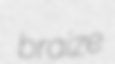
braize